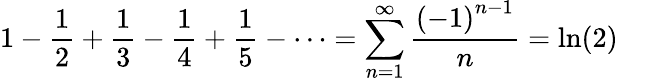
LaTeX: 1-{\frac{1}{2}}+{\frac{1}{3}}-{\frac{1}{4}}+{\frac{1}{5}}-\cdots=\sum_{n=1}^{\infty}{\frac{\left(-1\right)^{n-1}}{n}}=\ln(2)\quad